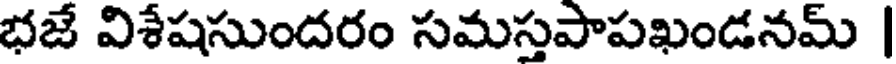
భజే విశేషసుందరం సమస్తపాపఖండనమ్ |